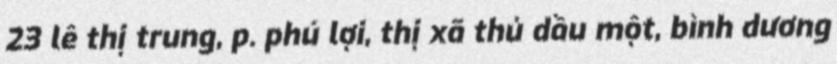
23 lê thị trung, p. phú lợi, thị xã thủ dầu một, bình dương